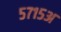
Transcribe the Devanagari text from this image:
५७१५अ